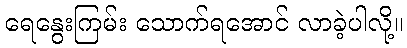
ရေနွေးကြမ်း သောက်ရအောင် လာခဲ့ပါလို့။